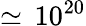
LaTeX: \simeq\, 10^{20}